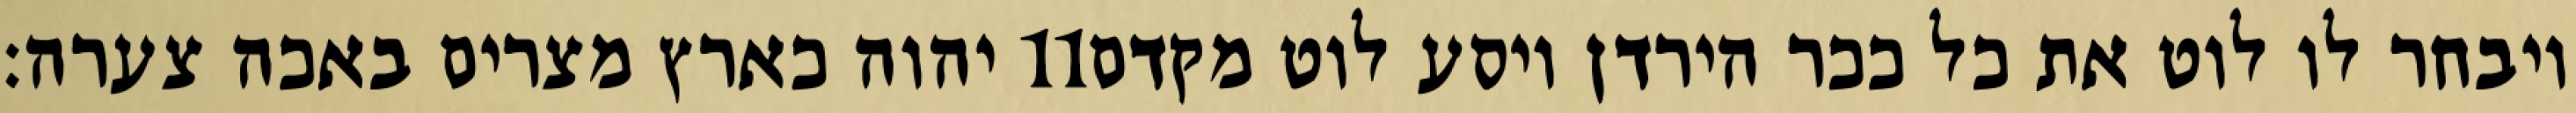
יהוה כארץ מצרים באכה צערה׃ ‎11‏ ויבחר לו לוט את כל ככר הירדן ויסע לוט מקדם